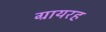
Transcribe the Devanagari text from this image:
ग्रायरह